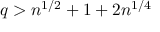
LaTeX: q > n ^ { 1 / 2 } + 1 + 2 n ^ { 1 / 4 }